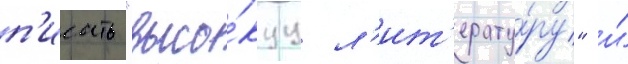
п'исать "высо́куу л'ит'ерату́ру" и́